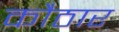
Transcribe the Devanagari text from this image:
कौठार